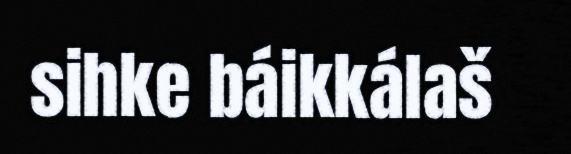
sihke báikkálaš